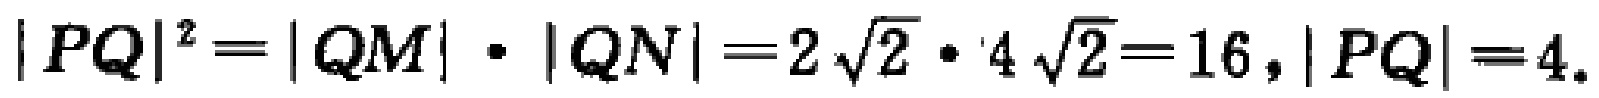
\(|PQ|^{2}=|QM|\cdot|QN| = 2\sqrt{2}\cdot4\sqrt{2}=16,|PQ| = 4.\)